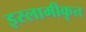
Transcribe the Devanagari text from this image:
इस्लामीकृत